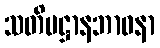
သတိပဋ္ဌာနဘာဝနာ